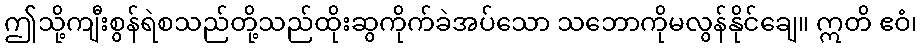
ဤသို့ကျီးစွန်ရဲစသည်တို့သည်ထိုးဆွကိုက်ခဲအပ်သော သဘောကိုမလွန်နိုင်ချေ။ ဣတိ ဧဝံ၊